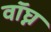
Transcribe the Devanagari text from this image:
वॉघ्न